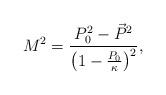
LaTeX: \begin{align*} M^2 = \frac{P_{0}^2 - \vec{P}{}^2}{\left(1- \frac{P_0}\kappa\right)^2},\end{align*}